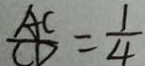
\frac { A C } { C D } = \frac { 1 } { 4 }